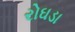
રોઘડા